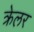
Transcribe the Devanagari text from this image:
क्रेलर